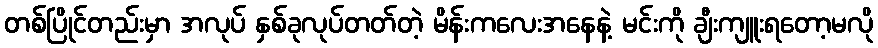
တစ်ပြိုင်တည်းမှာ အလုပ် နှစ်ခုလုပ်တတ်တဲ့ မိန်းကလေးအနေနဲ့ မင်းကို ချီးကျူးရတော့မလို